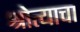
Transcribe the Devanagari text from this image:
श्रोत्याचा